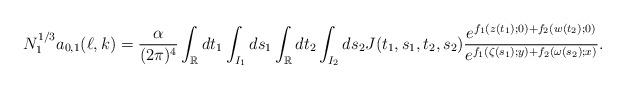
\begin{align*}N_1^{1/3}a_{0,1}(\ell,k)=\frac{\alpha}{(2\pi)^4}\int_{\mathbb{R}}dt_1\int_{I_1}ds_1\int_{\mathbb{R}}dt_2\int_{I_2}ds_2J(t_1,s_1,t_2,s_2)\frac{e^{f_1(z(t_1);0)+f_2(w(t_2);0)}}{e^{f_1(\zeta(s_1);y)+f_2(\omega(s_2);x)}}.\end{align*}